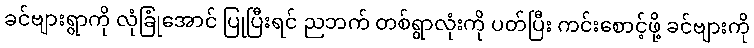
ခင်ဗျားရွာကို လုံခြုံအောင် ပြုပြီးရင် ညဘက် တစ်ရွာလုံးကို ပတ်ပြီး ကင်းစောင့်ဖို့ ခင်ဗျားကို